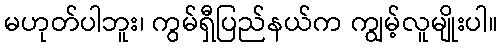
မဟုတ်ပါဘူး၊ ကွမ်ရှီပြည်နယ်က ကျွမ့်လူမျိုးပါ။